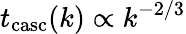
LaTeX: t_{\mathrm{casc}}(k)\propto k^{-2/3}